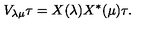
V _ { \lambda \mu } \tau = X ( \lambda ) X ^ { * } ( \mu ) \tau .